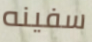
سفينه